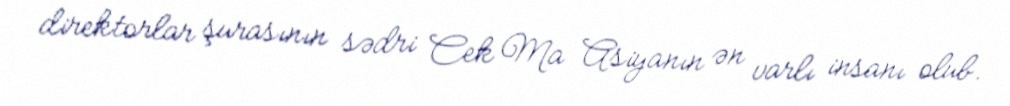
direktorlar şurasının sədri Cek Ma Asiyanın ən varlı insanı olub.